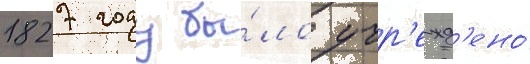
1827 году бы́ло учр'ежд'ено́